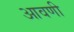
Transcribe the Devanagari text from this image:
आवणी